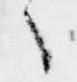
々